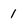
Character: 1